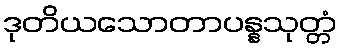
ဒုတိယသောတာပန္နသုတ္တံ